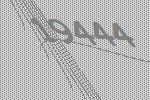
19444